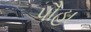
પૌહા